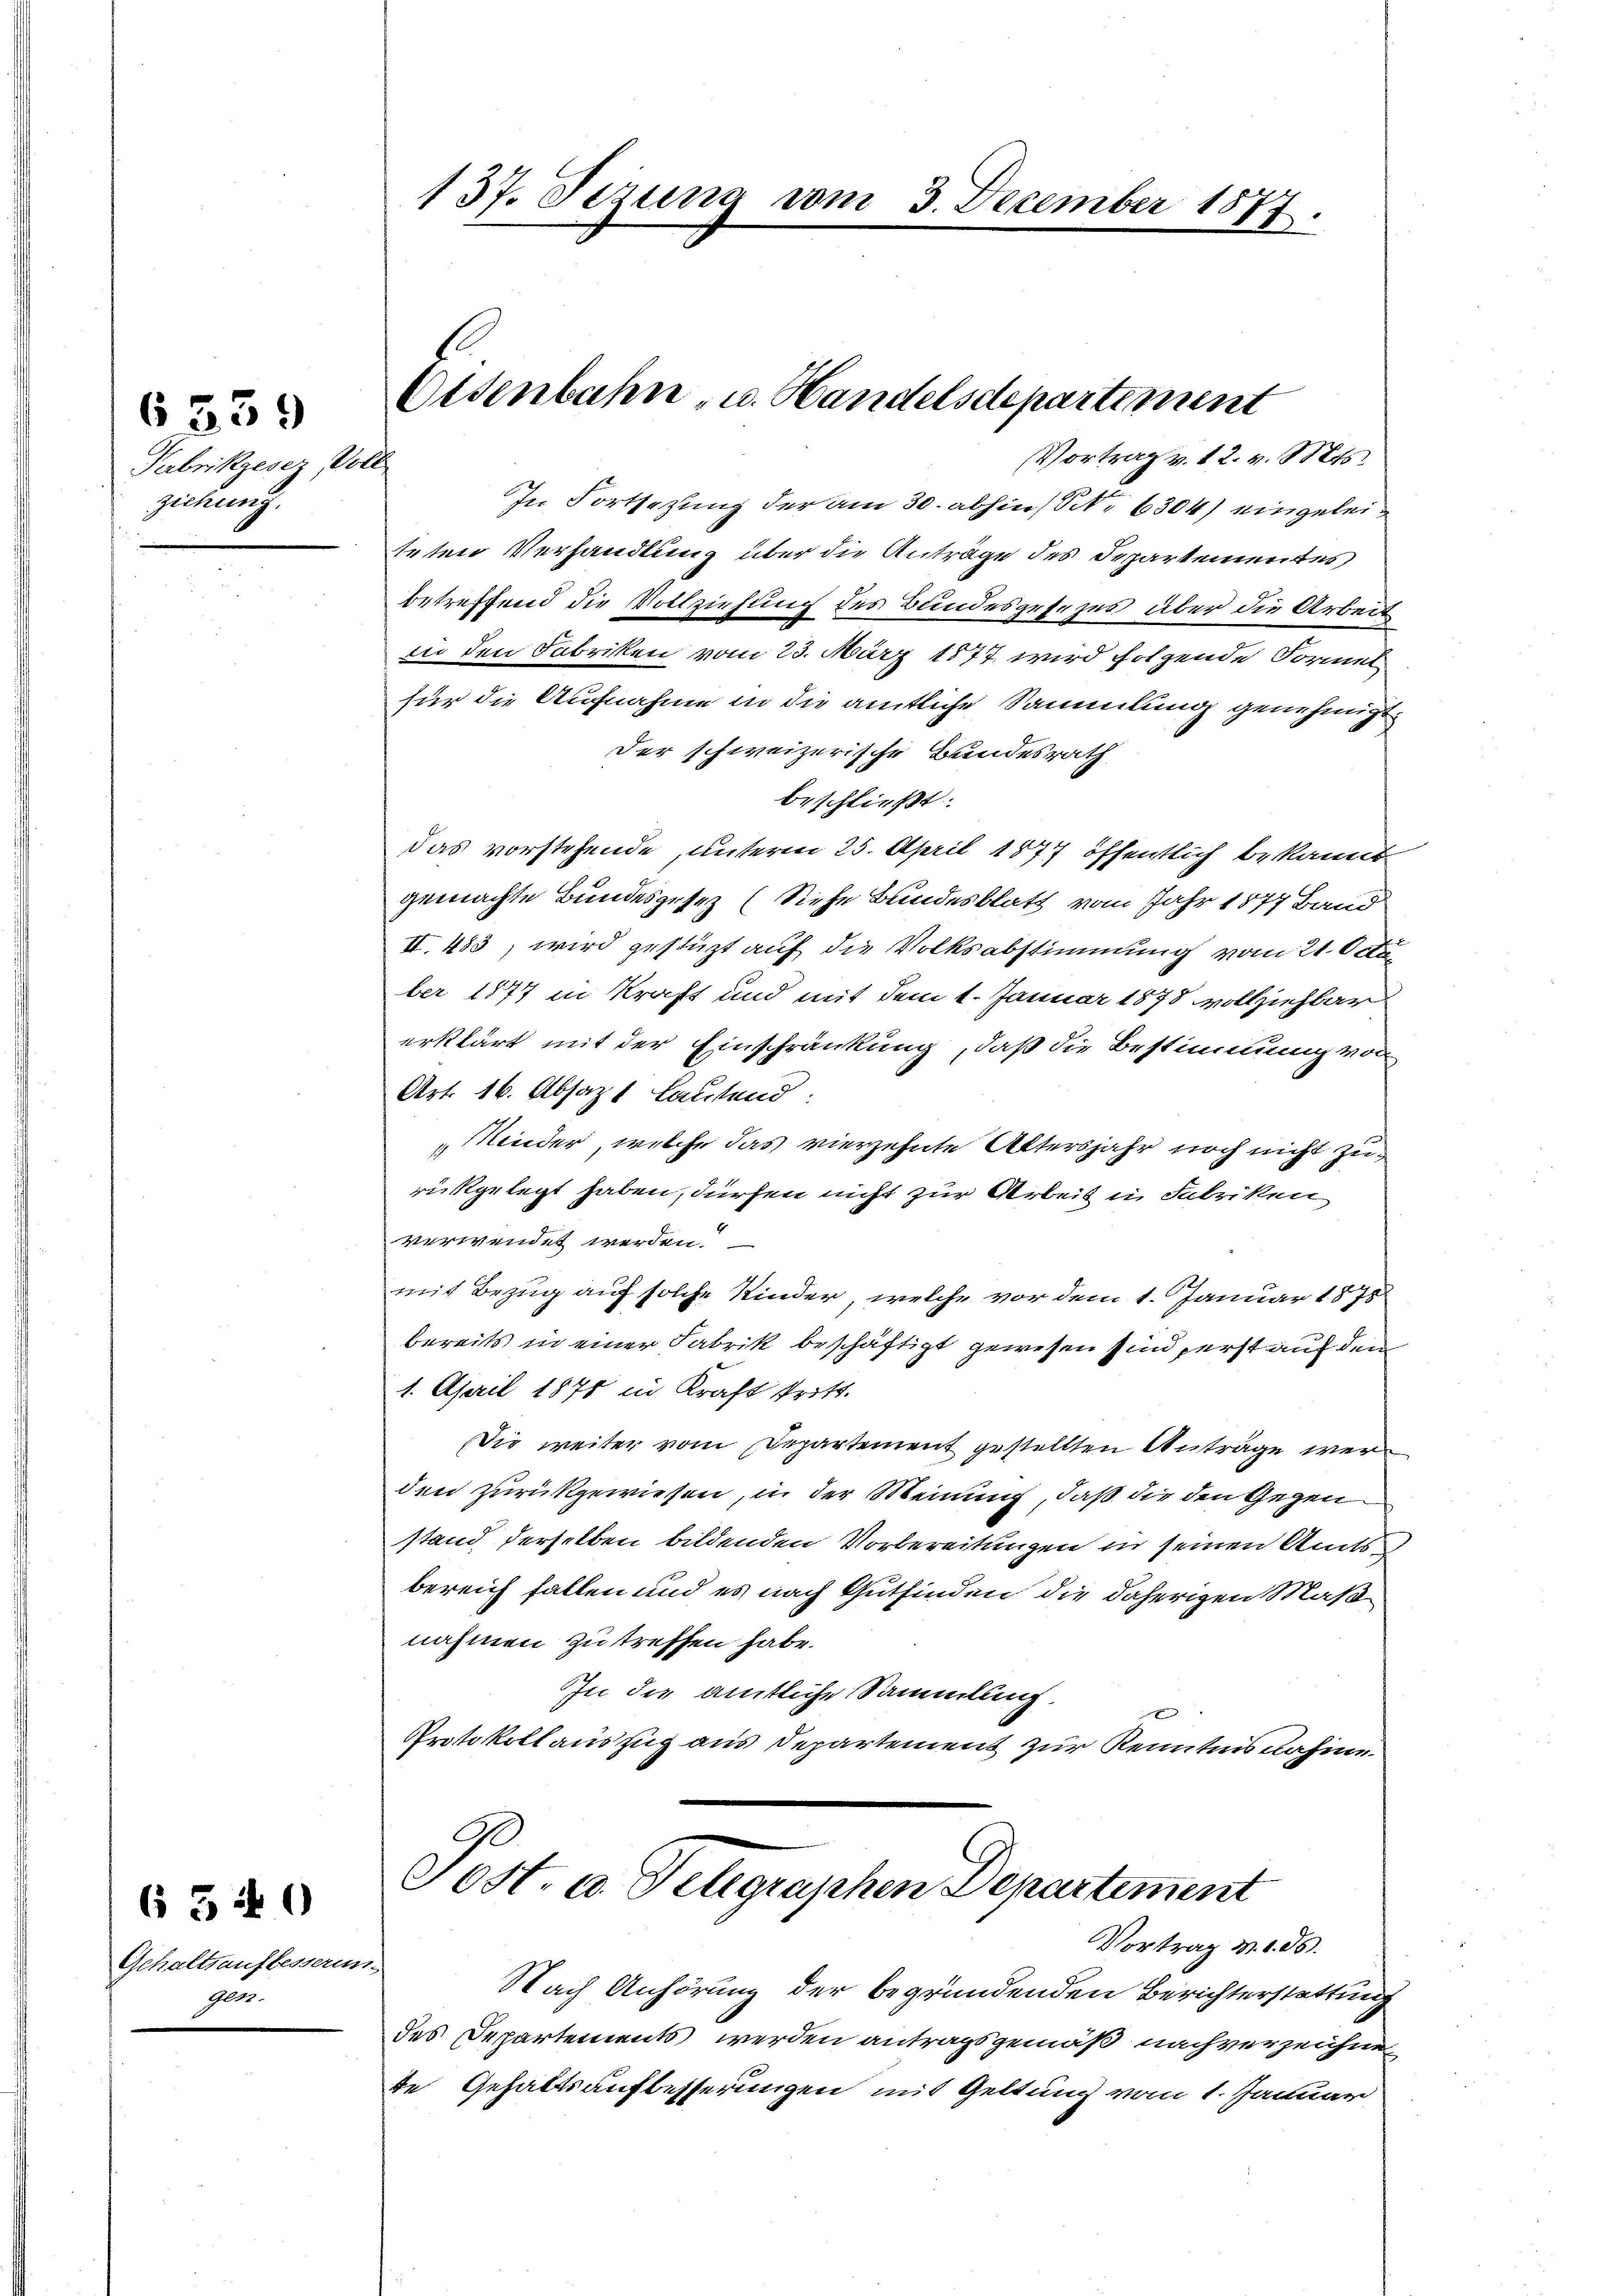
Kubrikgesez Voll
ziehung.

6339

Gehaltsaufbesserin
Gebr.

6 540

137. Sezung vom 3. Dezember 1877.

Eisenbahn- u. Handelsdepartement
Vortrag v. 12. v. Mts.

In Fortsetzung der am 30. abhin) S. 6304) eingeleiteten Verhandlung über die Anträge des Departementes
betreffend die Vollziehung des Bundesgesezes über die Arbeit
in den Fabriken vom 23. März 1877 wird folgende Formel
für die Aufnahme in die amtliche Sammlung genehmigt
Der schweizerische Bundesrath
beschließt:
das vorstehende, unterm 25. April 1877 öffentlich bekannt
gemachte Bundesgesez (Siehe Bundesblatt vom Jahr 1877 Band
II. 483, wird gestüzt auf die Volksabstimmung vom 21. Octo
ber 1877 in Kraft und mit dem 1. Januar 1878 vollziehbar
erklärt mit der Einschränkung, daß die Bestimmung von
Art. 16. Absaz lautend:
Minder, welche das vierzehnte Altersjahr noch nicht zu
rückgelegt haben, dürfen nicht zur Arbeit in Fabriken
verwendet werden.
mit Bezug auf solche Kinder, welche vor dem 1. Januar 1875
bereits in einer Fabrik beschäftigt gewesen sind perst auf dem
1. April 1871 in Kraft tritt.
Die weiter vom Departement gestellten Anträge werden zurückgewiesen, in der Meinung, daß die den Gegenstand derselben bildenden Vorbereitungen in seinen Amts
bereich fallen und es nach Gutfinden die daherigen Maßnahmen zu treffen habe.
In die amtliche Sammlung.
c
Protokollauszug aus Departement zur Kenntnisnahme.
Sost. a. Telegraphen Departement
Vortrag v. 1. ds.
Nach Anhörung der begründenden Berichterstattung
des Departements werden antragsgemäß nachverzeichnete Gehaltsaufbesserungen mit Geltung vom 1. Januar